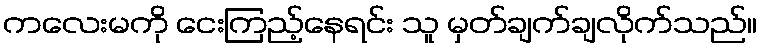
ကလေးမကို ငေးကြည့်နေရင်း သူ မှတ်ချက်ချလိုက်သည်။